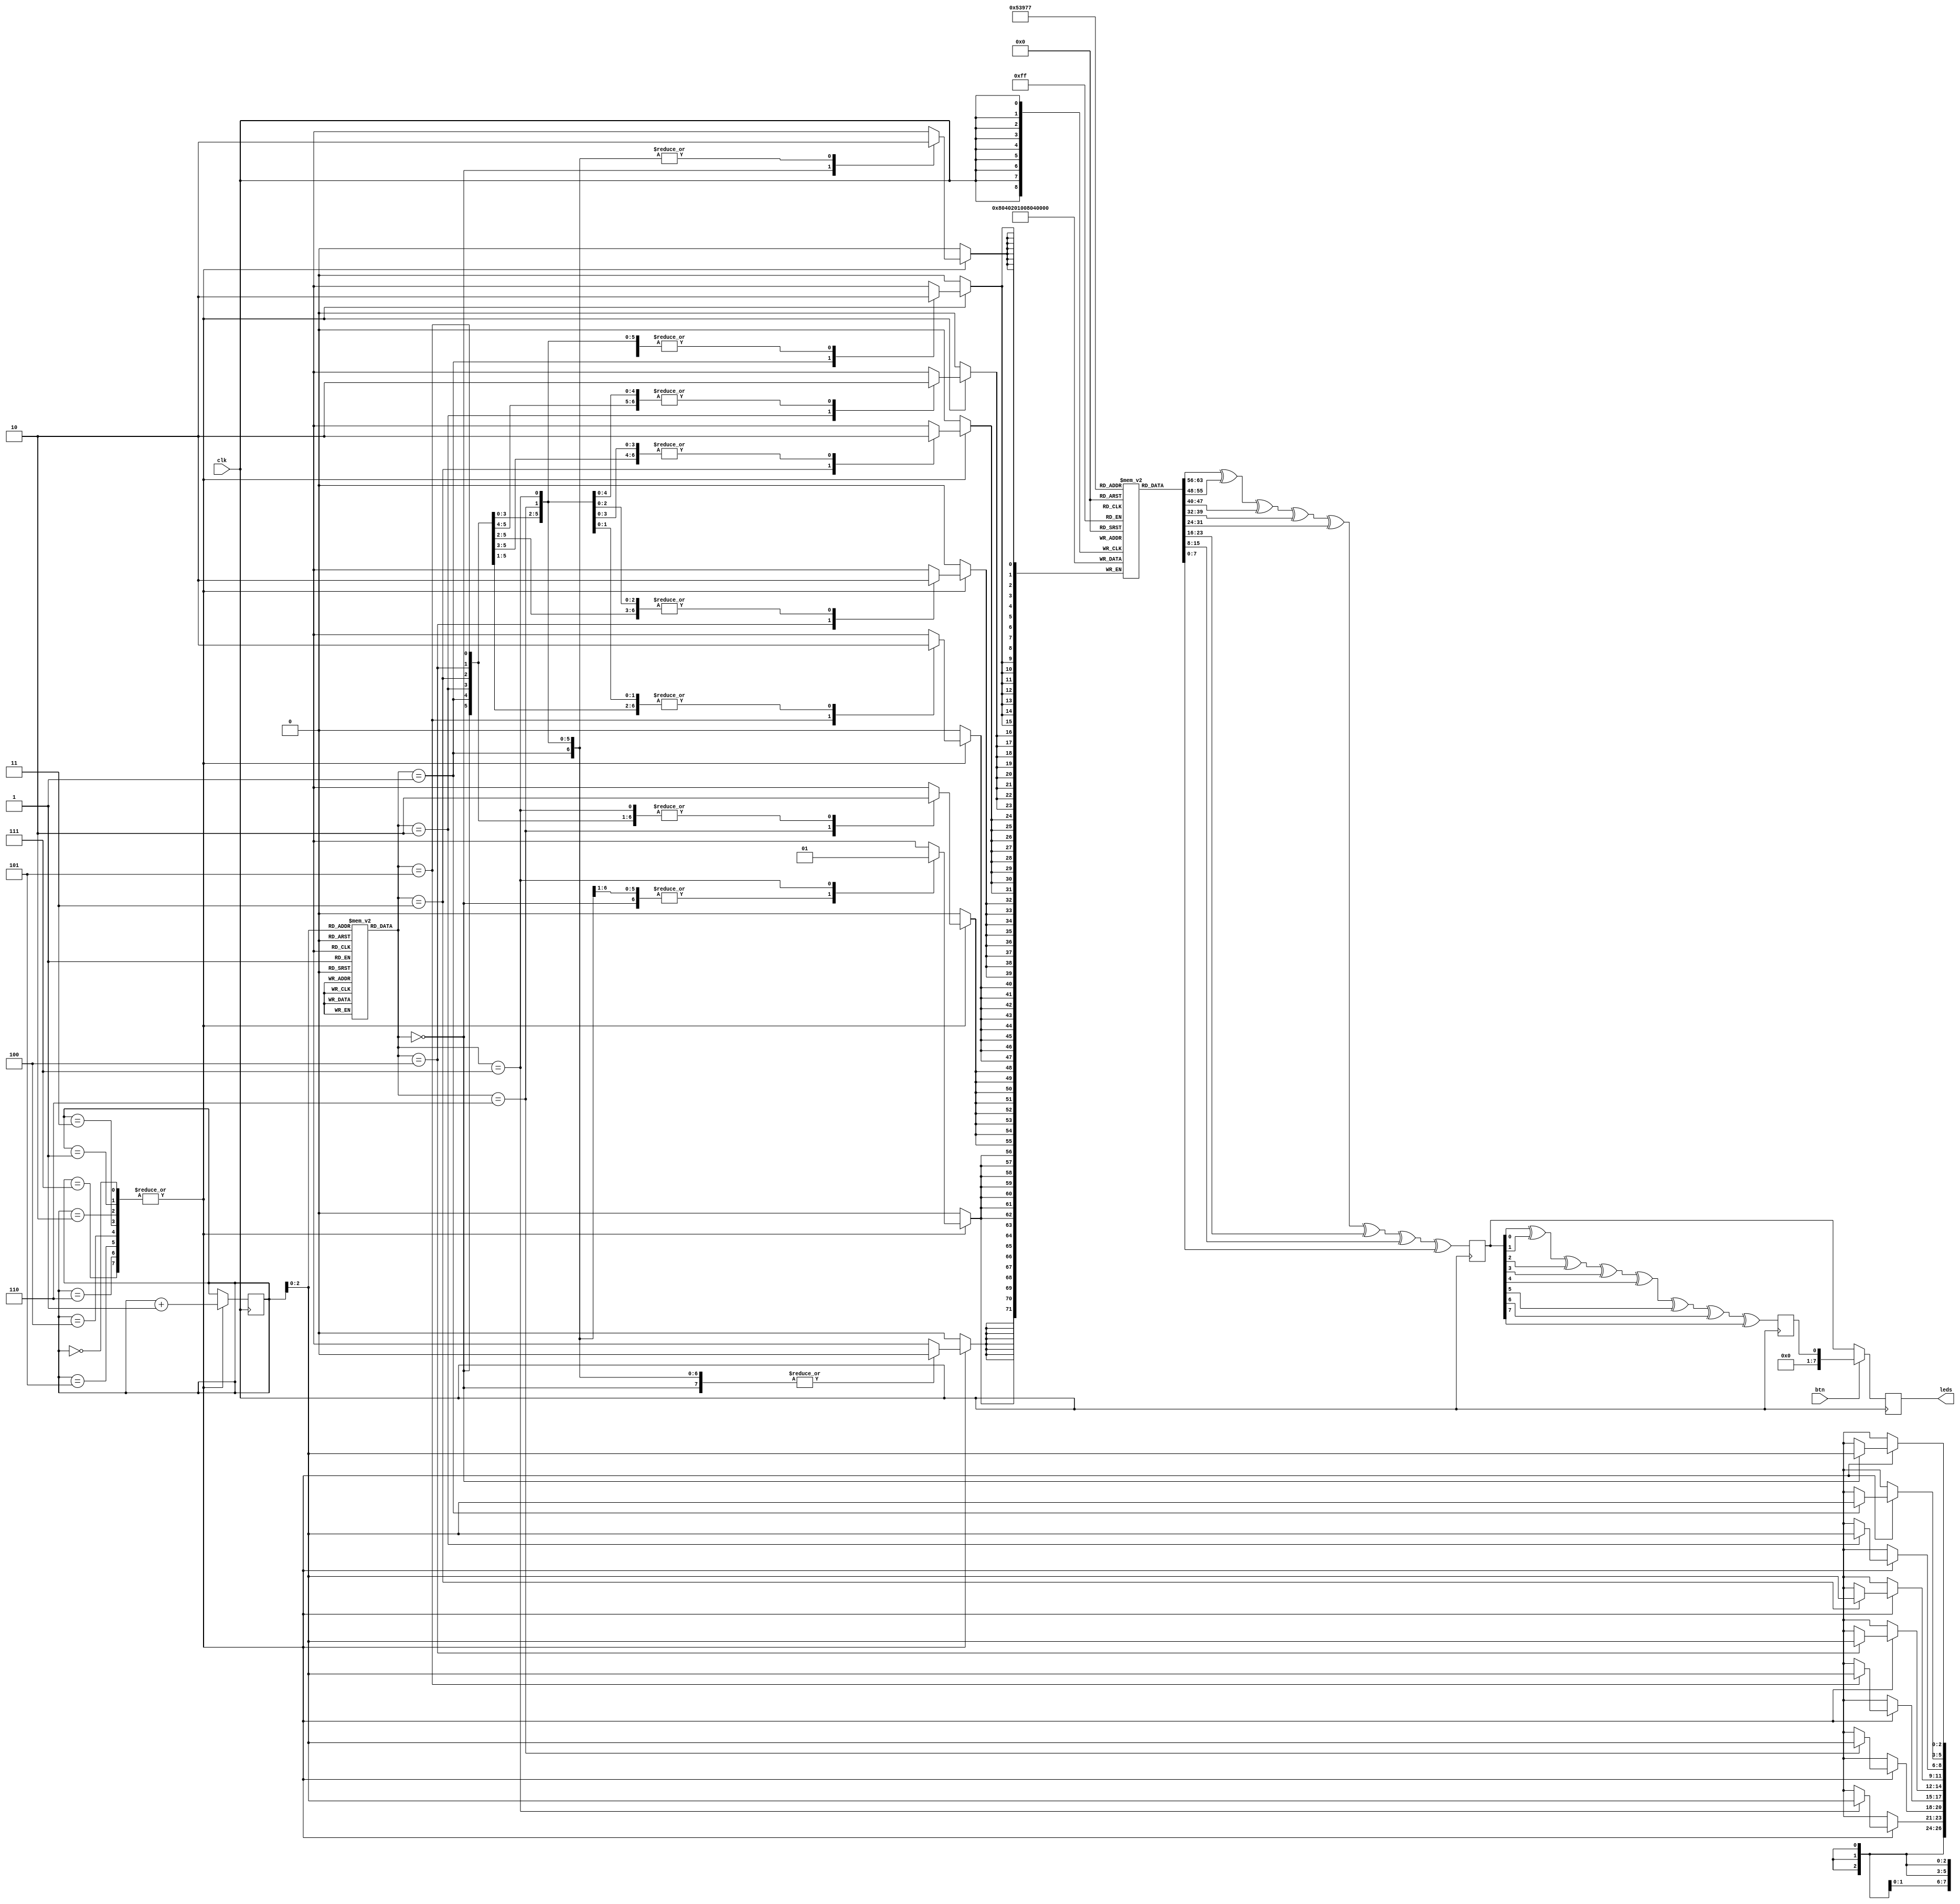
`timescale 1ns / 1ps
//////////////////////////////////////////////////////////////////////////////////
// Company: 
// Engineer: 
// 
// Design Name: 
// Module Name:    decoder 
// Project Name: 
// Target Devices: 
// Tool versions: 
// Description: 
//
// Dependencies: 
//
// Revision: 
// Revision 0.01 - File Created
// Additional Comments: 
//
//////////////////////////////////////////////////////////////////////////////////
module decoder(
    clk,btn,leds
);
    input clk;
    input btn;
    output reg [7:0] leds;
    reg [2:0] encodedvalues [7:0];
    reg [7:0] decodedvalues [7:0];
    reg [7:0] xor_result;
    reg parity;

    reg [4:0] rowpointer = 3'b000;
    reg [5:0] counter = 6'b0;
    
    initial begin
        encodedvalues[0] = 3'b011;
        encodedvalues[1] = 3'b100;
        encodedvalues[2] = 3'b111;
        encodedvalues[3] = 3'b010;
        encodedvalues[4] = 3'b011;
        encodedvalues[5] = 3'b101;
        encodedvalues[6] = 3'b000;
        encodedvalues[7] = 3'b010;
    end

    always @(posedge clk) begin
        case (rowpointer)
            3'b000, 3'b001, 3'b010, 3'b011, 3'b100, 3'b101, 3'b110, 3'b111: begin
                case (encodedvalues[rowpointer])
                    3'b000: decodedvalues[rowpointer] <= 8'b00000001;
                    3'b001: decodedvalues[rowpointer] <= 8'b00000010;
                    3'b010: decodedvalues[rowpointer] <= 8'b00000100;
                    3'b011: decodedvalues[rowpointer] <= 8'b00001000;
                    3'b100: decodedvalues[rowpointer] <= 8'b00010000;
                    3'b101: decodedvalues[rowpointer] <= 8'b00100000;
                    3'b110: decodedvalues[rowpointer] <= 8'b01000000;
                    3'b111: decodedvalues[rowpointer] <= 8'b10000000;
                    default: decodedvalues[rowpointer] <= 8'b00000000;
                endcase
                rowpointer <= rowpointer + 1;
            end
        endcase
    end
    
    // XOR Calculation
    always @ (posedge clk) begin
        xor_result = decodedvalues[0] ^ decodedvalues[1] ^ decodedvalues[2] ^ decodedvalues[3]
                    ^ decodedvalues[4] ^ decodedvalues[5] ^ decodedvalues[6] ^ decodedvalues[7];
    end
    
    // Parity Calculation
    always @ (posedge clk) begin
        parity = xor_result[0] ^ xor_result[1] ^ xor_result[2] ^xor_result[3] ^xor_result[4] ^xor_result[5] ^xor_result[6] ^xor_result[7];
    end

    // LED output
    always @ (posedge clk) begin
        if (btn == 1'b0)
            leds = xor_result[7:0];
        else
            leds = {6'b000000,parity};
    end

endmodule